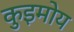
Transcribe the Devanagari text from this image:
कुइमोय